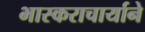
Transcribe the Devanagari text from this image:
भास्कराचार्याने